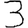
Digit: 3